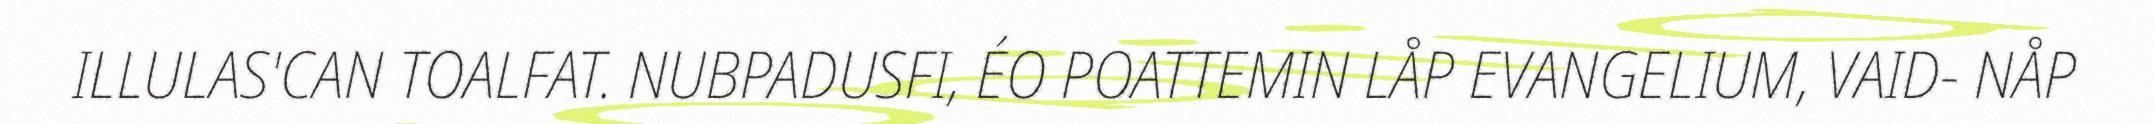
ILLULAS'CAN TOALFAT. NUBPADUSFI, ÉO POATTEMIN LÅP EVANGELIUM, VAID- NÅP